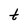
Character: t